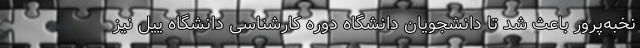
نخبه‌پرور باعث شد تا دانشجویان دانشگاه دوره کارشناسی دانشگاه ییل نیز